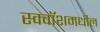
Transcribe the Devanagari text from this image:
स्क्वॉशमधील